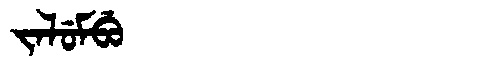
Manchu: ᠵᠠᠯᡠᠮᠪᡠ
Romanization: JALUMBU